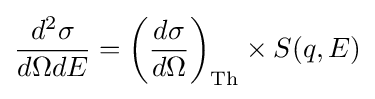
{d^{2}\sigma  \over d\Omega dE}=\left({d\sigma  \over d\Omega }\right)_{\rm {Th}}\times S(q,E)